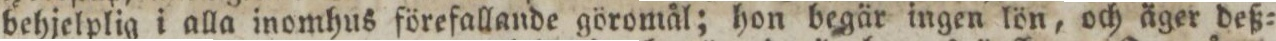
behjelplig i alla inomhus förefallande göromål; hon begär ingen lön, och äger deß=